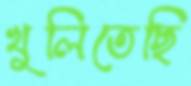
খুলিতেছি